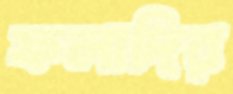
ফলাদির